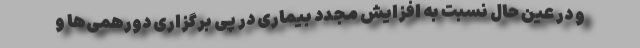
و در عین حال نسبت به افزایش مجدد بیماری در پی برگزاری دورهمی‌ها و